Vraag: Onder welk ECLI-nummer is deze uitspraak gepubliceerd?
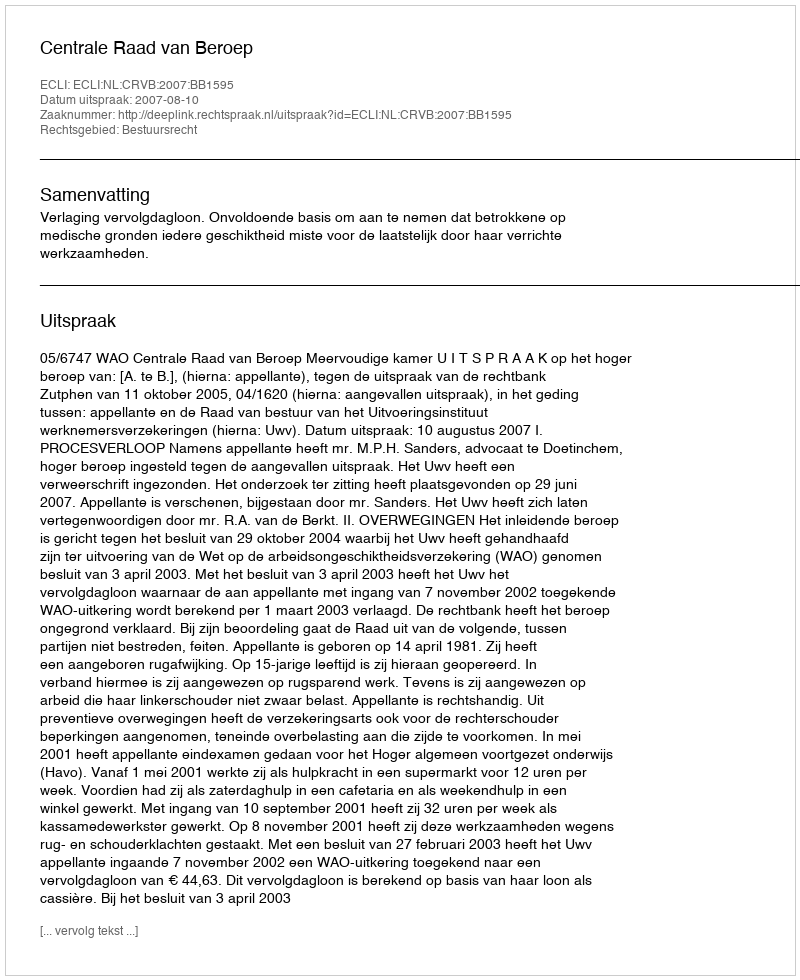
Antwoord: ECLI:NL:CRVB:2007:BB1595